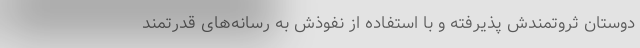
دوستان ثروتمندش پذیرفته و با استفاده از نفوذش به رسانه‌های قدرتمند